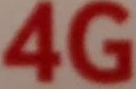
4G